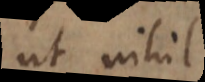
ut nihil